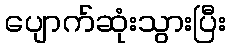
ပျောက်ဆုံးသွားပြီး